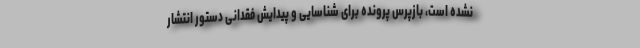
نشده است، بازپرس پرونده برای شناسایی و پیدایش فقدانی دستور انتشار